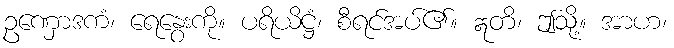
ဥဏှောဒကံ၊ ရေနွေးကို။ ပရိယိဋ္ဌံ၊ စီရင်အပ်၏။ ဣတိ၊ ဤသို့။ အာဟ၊